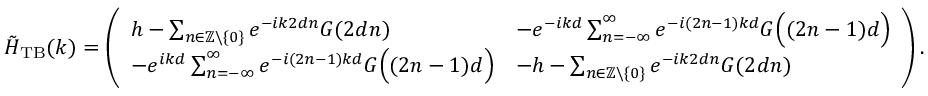
\tilde { H } _ { \mathrm { T B } } ( k ) = \left( \begin{array} { l l } { h - \sum _ { n \in \mathbb { Z } \backslash \{ 0 \} } e ^ { - i k 2 d n } G ( 2 d n ) } & { - e ^ { - i k d } \sum _ { n = - \infty } ^ { \infty } e ^ { - i ( 2 n - 1 ) k d } G \Bigl ( ( 2 n - 1 ) d \Bigr ) } \\ { - e ^ { i k d } \sum _ { n = - \infty } ^ { \infty } e ^ { - i ( 2 n - 1 ) k d } G \Bigl ( ( 2 n - 1 ) d \Bigr ) } & { - h - \sum _ { n \in \mathbb { Z } \backslash \{ 0 \} } e ^ { - i k 2 d n } G ( 2 d n ) } \end{array} \right) .